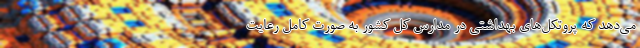
می‌دهد که پروتکل‌های بهداشتی در مدارس کل کشور به صورت کامل رعایت